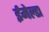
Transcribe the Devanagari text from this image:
ईमेल्डा